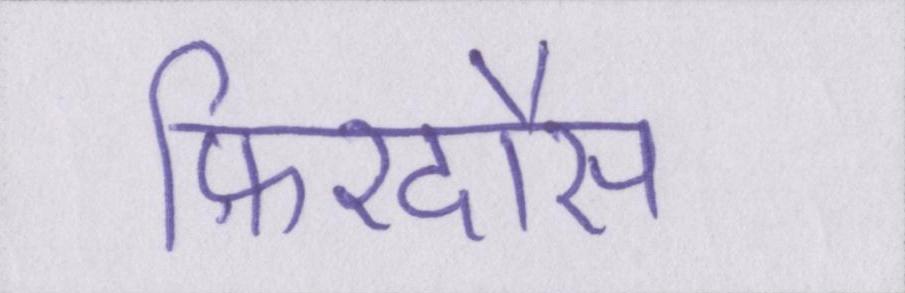
फ़िरदौस